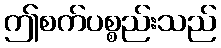
ဤစက်ပစ္စည်းသည်